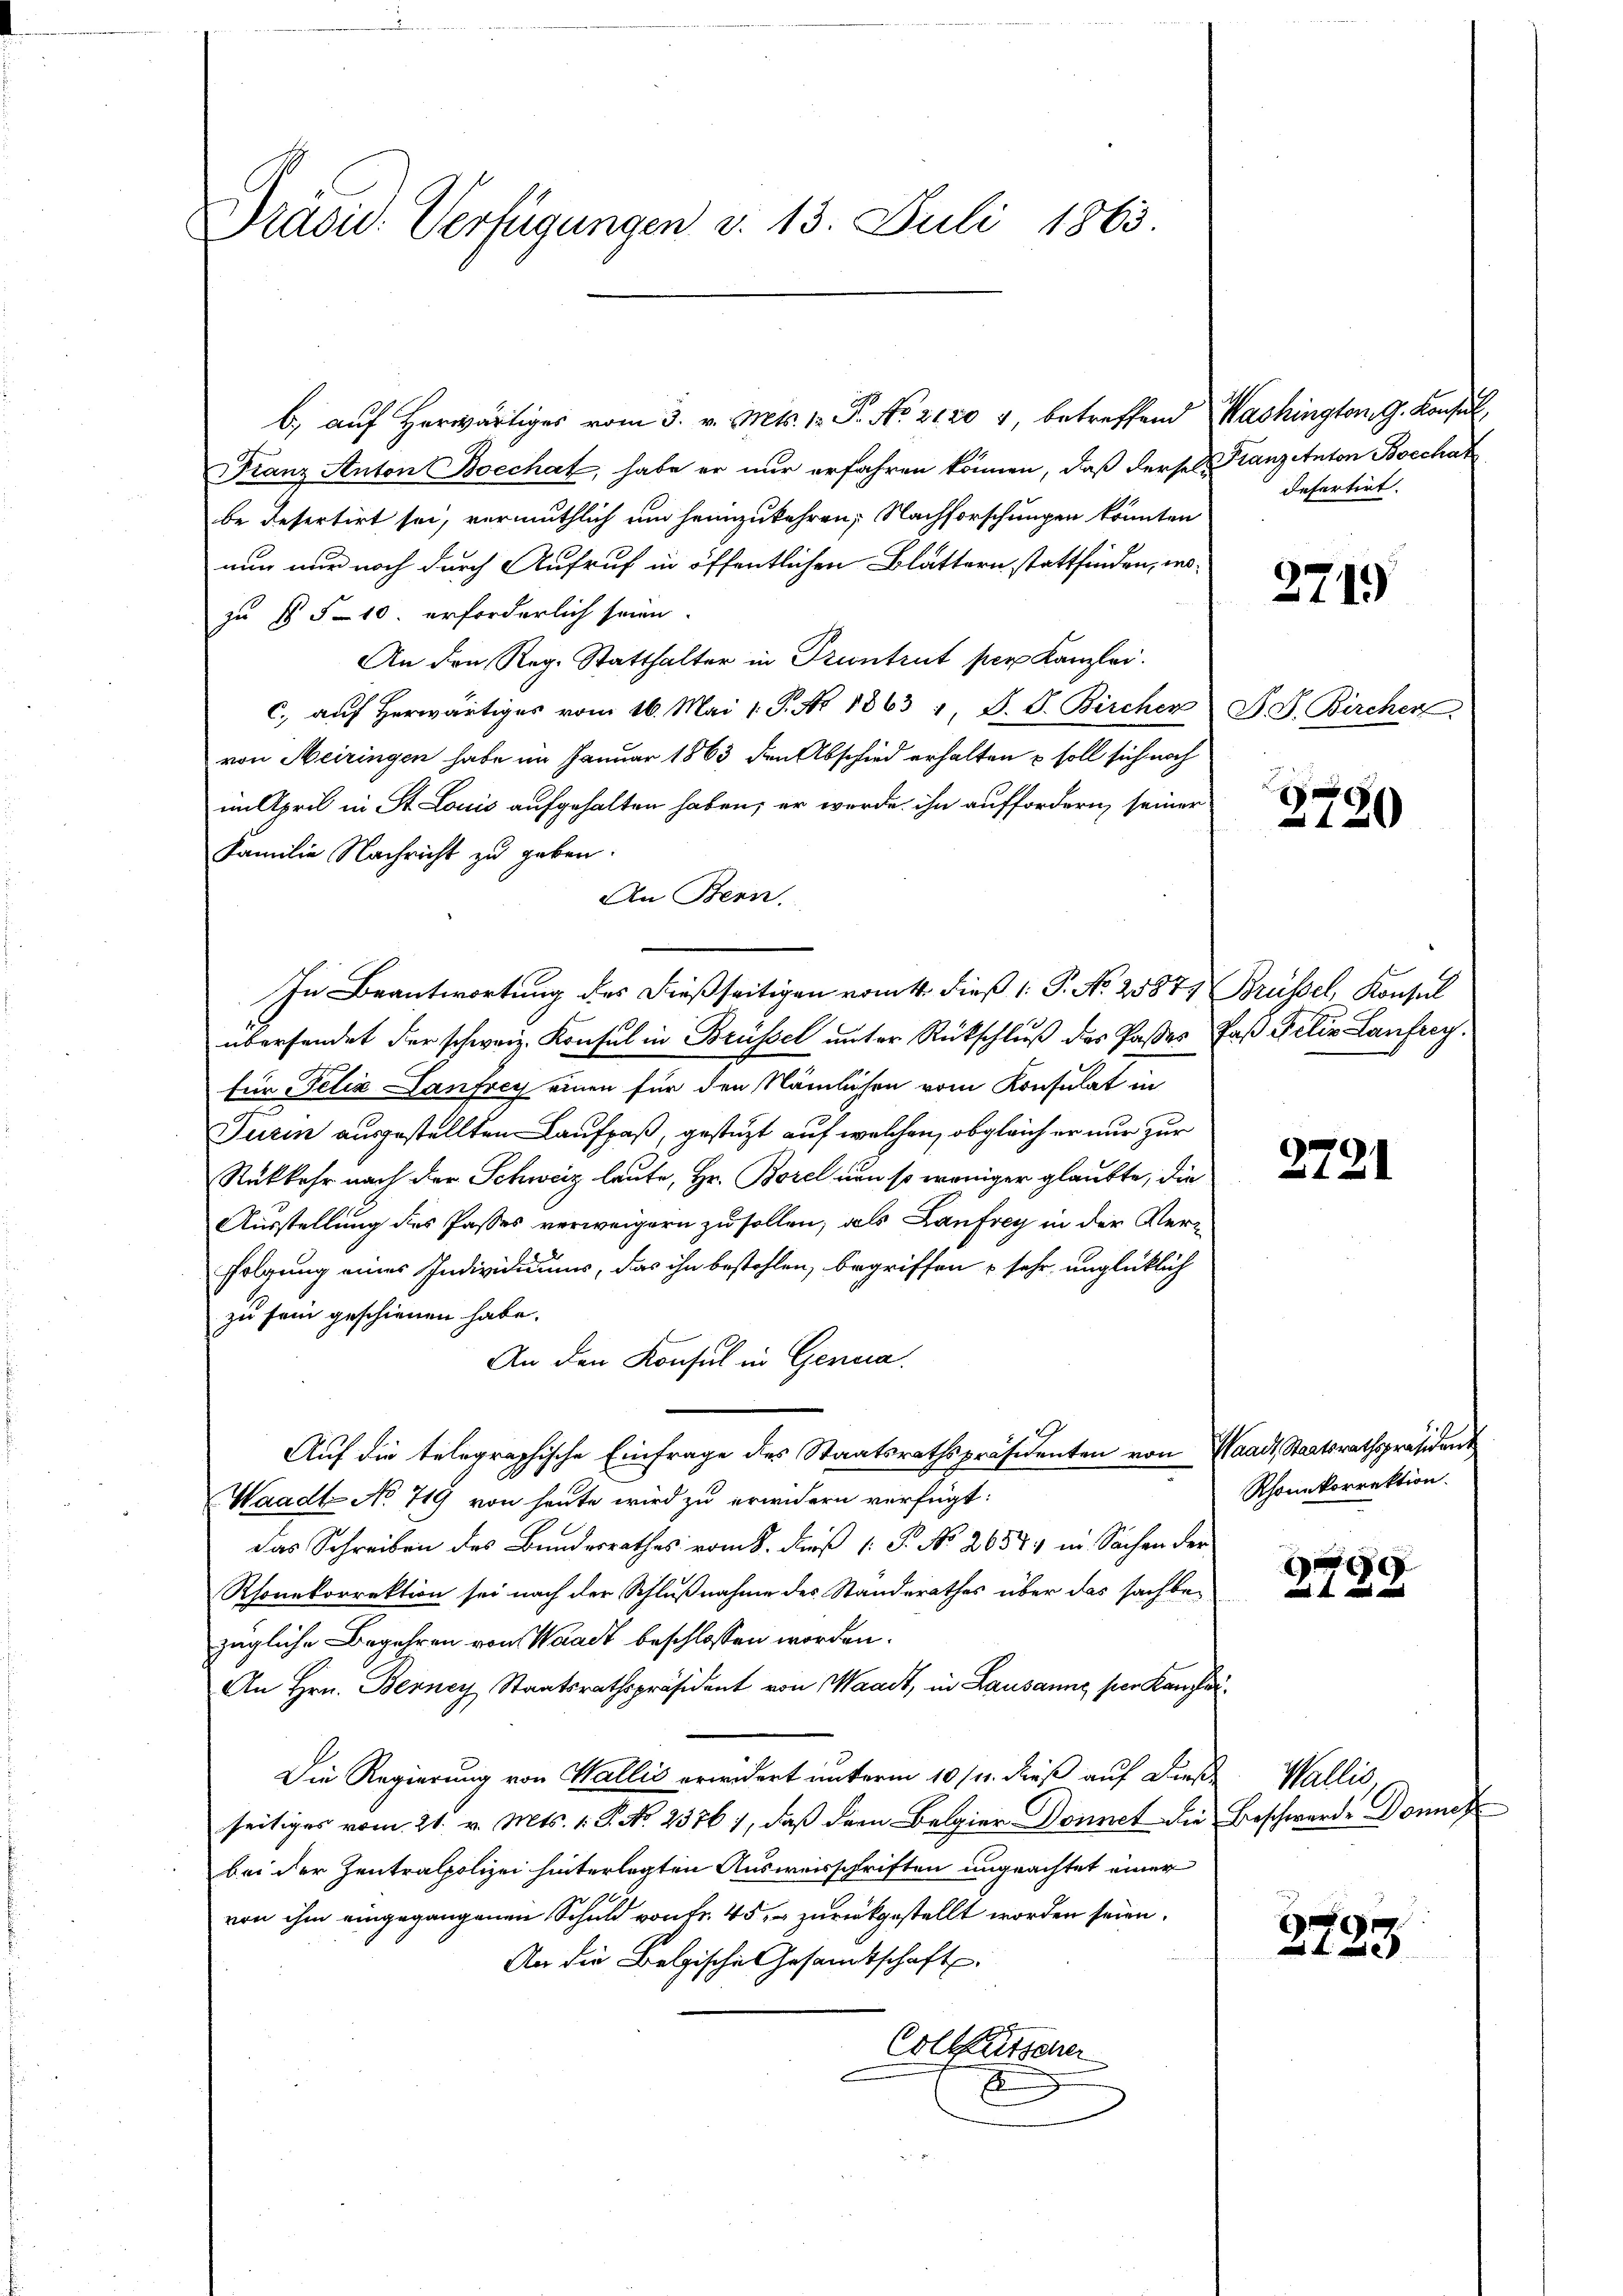
Präsid. Verfügungen d. 13. Juli 1863.

b, auf Herwärtiges vom 3. v. Mts. 12. F. No. 2120 4, betreffend Washington G. Konsul,
Franz Anton Boechat, habe er nur erfahren können, daß derselbe Franzenton Boechat
be defertirt sei, vermuthlich um heimzukehren, Nachforschungen könnten
nun nur noch durch Aufruf in öffentlichen Blättern stattfinden, wozu § 510. erforderlich seien.
An den Reg. Statthalter in Pruntrut per Kanzlei.
c. auf herwärtiges vom 16. Mai 1 P. Nr. 1863 1, S. G. Bircher
von Meiringen habe im Januar 1863 den Abschied erhalten u soll sich noch
im April in St. Louis aufgehalten haben, er werde ihn auffordern seiner
Familie Nachricht zu geben.
An Bern.
In Beantwortung der dießseitigen vom 4. dieß (: P. No 25877 Brüssel, Konsul
übersendet der schweiz. Konsul in Brüssel unter Rückschluß des Paßes Faß Felix Laufreg
für Felix Lanfrey einen für den Nämlichen vom Konsulat in
Tuzin ausgestellten Laufpaß, gestüzt auf welchen, obgleich er nur zur
Rükkehr nach der Schweiz laute, Hr. Borel nun so weniger glaubte, die
Ausstellung des Passes verweigern zu sollen; als Laufrey in der Verfolgung eines Individuums, das ihn bestohlen, begriffen u sehr unglücklich
zu sein geschienen habe.
An den Konsul in Genera
Auf die telegraphische Einfrage des Staatsrathspräsidenten von Waadt, Staatsrathspräsident
Waadt No 719 von heute wird zu erwidern verfügt:
Das Schreiben des Bundesrathes vom 8. daß 1. P. No. 20574 in Sachen der
Rhonekorrektion sei nach der Schlußnahme des Standerathes über das sachbazügliche Begehren von Waadt beschlossen worden.
An Hrn. Berney Staatsrathspräsident von Waadt, in Lausanne per Kaufer¬
Die Regierung von Wallis erwidert unterm 10ten dieß auf Diese Wallis,
seitiges vom 21. v. Mts. 1. P. No. 2376), daß dem Belgier Donnet die Beschwerde Donnes
bei der Zentralpolizei hinterlegten Ausweisschriften ungeachtet einer
von ihm eingegangenen Schuld von fr. 45 zurückgestellt worden seien.
An die Belgische Gesandtschaft
Collationen
E

defertirt.

271)

F. d. Bircher

120

2721

Rhonkorrektion.

e
 u

2723